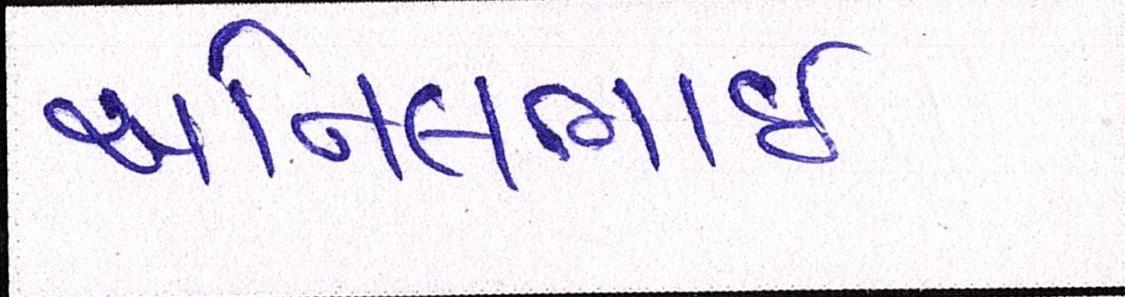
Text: અનિલભાઇ